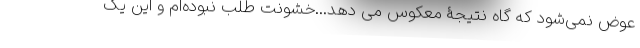
عوض نمی‌شود که گاه نتیجۀ معکوس می دهد...خشونت طلب نبوده‌ام و این یک